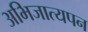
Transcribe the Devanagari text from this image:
अभिजात्यपन